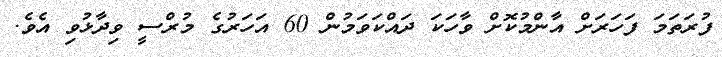
ފުރަތަމަ ފަހަރަށް އާންމުކޮށް ވާހަކަ ދައްކަވަމުން 60 އަހަރުގެ މުރްސީ ވިދާޅުވި އެވެ.